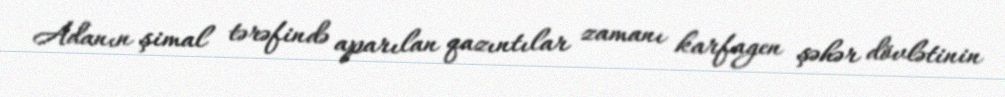
Adanın şimal tərəfində aparılan qazıntılar zamanı karfagen şəhər dövlətinin